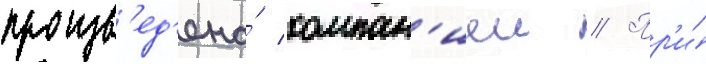
произв'ед'ена́ компан'иеи // Пр'и́